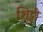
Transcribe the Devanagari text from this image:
शि्ट्टी